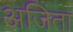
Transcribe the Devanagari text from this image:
अजिता